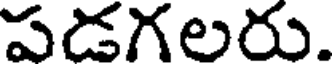
పడగలరు.